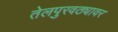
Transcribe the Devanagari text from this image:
तेलपुरवठ्यावर